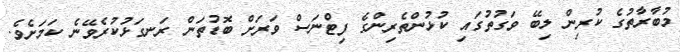
މުބާރާތުގެ ކުރިން ލިބޭ ވަގުތުގައި ކުޅުންތެރިންގެ ފިޓްނަސް ވަރަށް ބޮޑުތަން ރަނގަޅުކުރެވޭނެ ކަމަށެވެ.